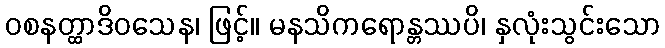
ဝစနတ္ထာဒိဝသေန၊ ဖြင့်။ မနသိကရောန္တဿပိ၊ နှလုံးသွင်းသော